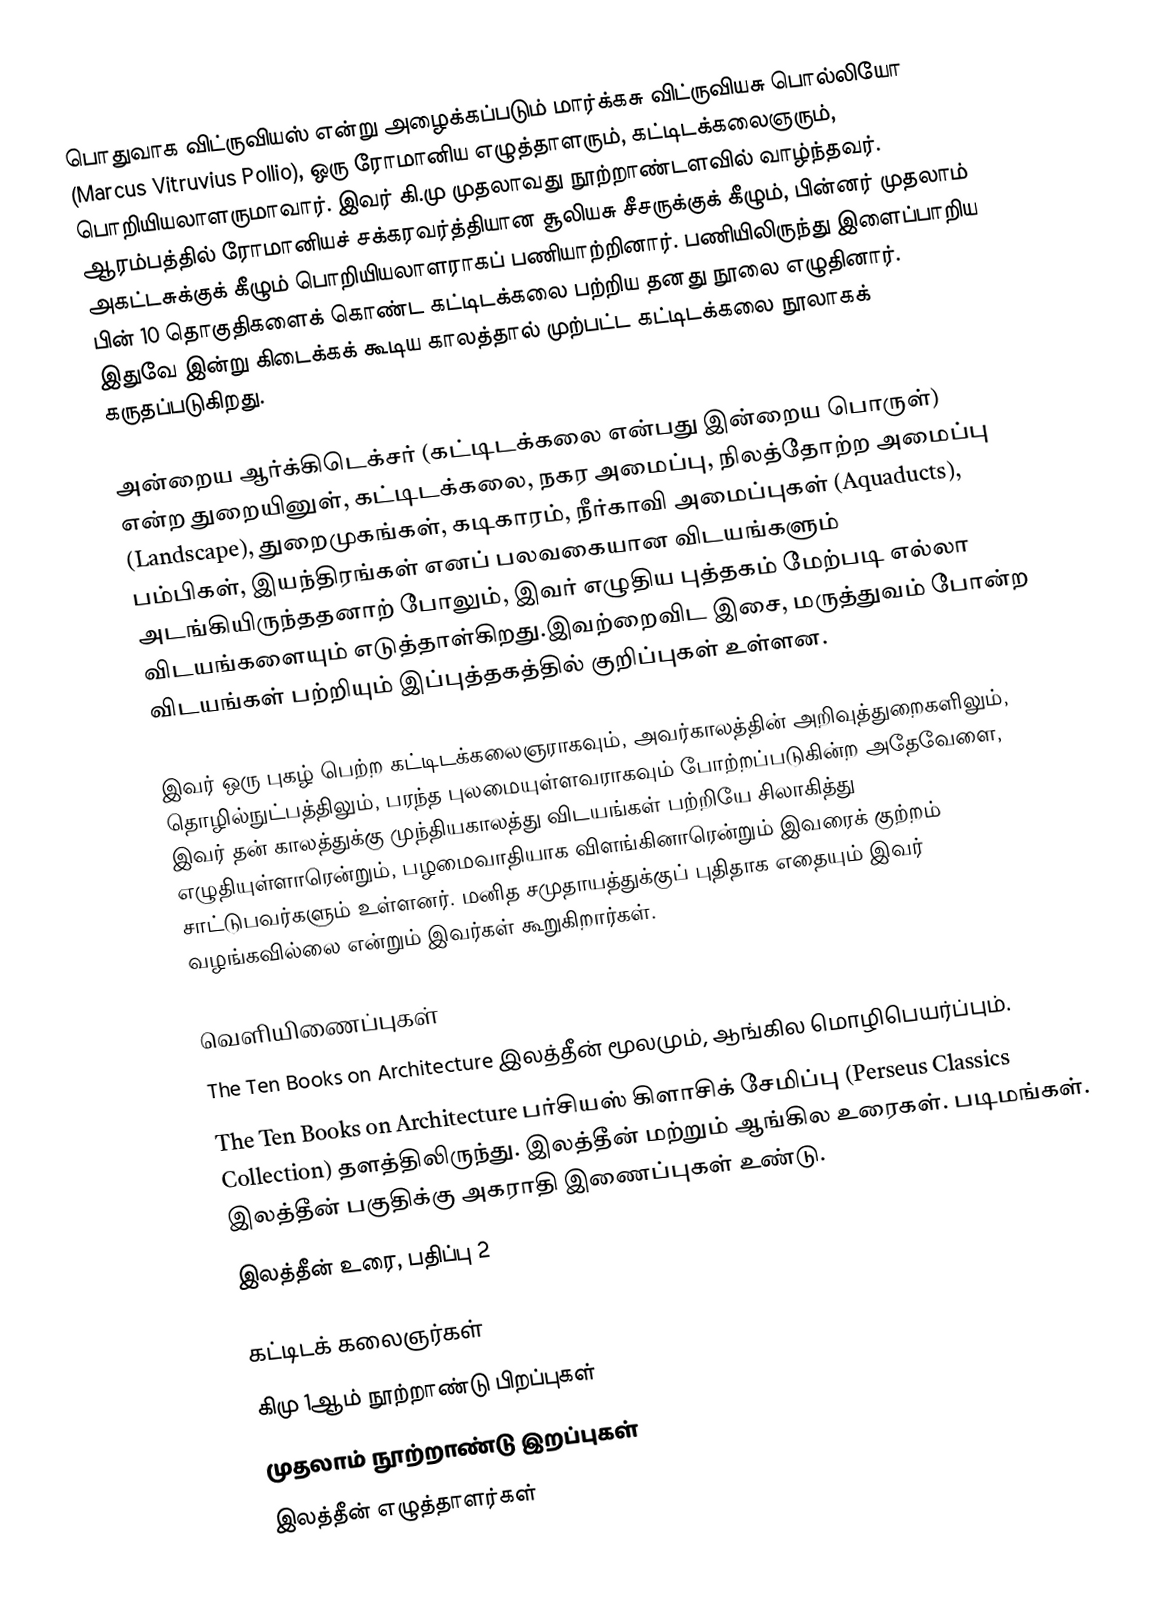
பொதுவாக விட்ருவியஸ் என்று அழைக்கப்படும் மார்க்கசு விட்ருவியசு பொல்லியோ (Marcus Vitruvius Pollio), ஒரு ரோமானிய எழுத்தாளரும், கட்டிடக்கலைஞரும், பொறியியலாளருமாவார். இவர் கி.மு முதலாவது நூற்றாண்டளவில் வாழ்ந்தவர். ஆரம்பத்தில் ரோமானியச் சக்கரவர்த்தியான சூலியசு சீசருக்குக் கீழும், பின்னர் முதலாம் அகட்டசுக்குக் கீழும் பொறியியலாளராகப் பணியாற்றினார். பணியிலிருந்து இளைப்பாறிய பின் 10 தொகுதிகளைக் கொண்ட கட்டிடக்கலை பற்றிய தனது நூலை எழுதினார். இதுவே இன்று கிடைக்கக் கூடிய காலத்தால் முற்பட்ட கட்டிடக்கலை நூலாகக் கருதப்படுகிறது.

அன்றைய ஆர்க்கிடெக்சர் (கட்டிடக்கலை என்பது இன்றைய பொருள்) என்ற துறையினுள், கட்டிடக்கலை, நகர அமைப்பு, நிலத்தோற்ற அமைப்பு (Landscape), துறைமுகங்கள், கடிகாரம், நீர்காவி அமைப்புகள் (Aquaducts), பம்பிகள், இயந்திரங்கள் எனப் பலவகையான விடயங்களும் அடங்கியிருந்ததனாற் போலும், இவர் எழுதிய புத்தகம் மேற்படி எல்லா விடயங்களையும் எடுத்தாள்கிறது.இவற்றைவிட இசை, மருத்துவம் போன்ற விடயங்கள் பற்றியும் இப்புத்தகத்தில் குறிப்புகள் உள்ளன.

இவர் ஒரு புகழ் பெற்ற கட்டிடக்கலைஞராகவும், அவர்காலத்தின் அறிவுத்துறைகளிலும், தொழில்நுட்பத்திலும், பரந்த புலமையுள்ளவராகவும் போற்றப்படுகின்ற அதேவேளை, இவர் தன் காலத்துக்கு முந்தியகாலத்து விடயங்கள் பற்றியே சிலாகித்து எழுதியுள்ளாரென்றும், பழமைவாதியாக விளங்கினாரென்றும் இவரைக் குற்றம் சாட்டுபவர்களும் உள்ளனர். மனித சமுதாயத்துக்குப் புதிதாக எதையும் இவர் வழங்கவில்லை என்றும் இவர்கள் கூறுகிறார்கள்.

வெளியிணைப்புகள்
 The Ten Books on Architecture இலத்தீன் மூலமும், ஆங்கில மொழிபெயர்ப்பும்.
 The Ten Books on Architecture பர்சியஸ் கிளாசிக் சேமிப்பு (Perseus Classics Collection) தளத்திலிருந்து. இலத்தீன் மற்றும் ஆங்கில உரைகள். படிமங்கள். இலத்தீன் பகுதிக்கு அகராதி இணைப்புகள் உண்டு.
 இலத்தீன் உரை, பதிப்பு 2

கட்டிடக் கலைஞர்கள்
கிமு 1ஆம் நூற்றாண்டு பிறப்புகள்
முதலாம் நூற்றாண்டு இறப்புகள்
இலத்தீன் எழுத்தாளர்கள்